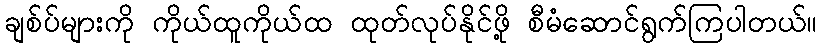
ချစ်ပ်များကို ကိုယ်ထူကိုယ်ထ ထုတ်လုပ်နိုင်ဖို့ စီမံဆောင်ရွက်ကြပါတယ်။